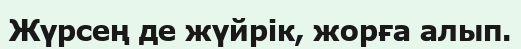
Жүрсең де жүйрік, жорға алып.